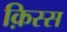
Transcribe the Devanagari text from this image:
क़िस्स